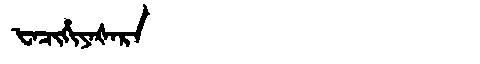
Manchu: ᡶᠠᠴᡳᡥᡳᠶᠠᡧᠠᡵᠠ
Romanization: FACIHIYAŠARA